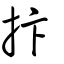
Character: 抃